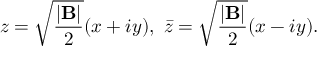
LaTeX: z = \sqrt { { \frac { | \mathrm { \bf B } | } { 2 } } } ( x + i y ) , ~ \bar { z } = \sqrt { { \frac { | \mathrm { \bf B } | } { 2 } } } ( x - i y ) .